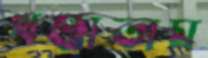
খণ্ডাতাম